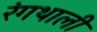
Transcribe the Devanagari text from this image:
रंगथाली